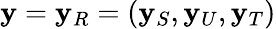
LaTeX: \mathbf{y}=\mathbf{y}_{R}=(\mathbf{y}_{S},\mathbf{y}_{U},\mathbf{y}_{T})